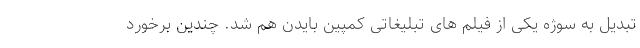
تبدیل به سوژه یکی از فیلم های تبلیغاتی کمپین بایدن هم شد. چندین برخورد